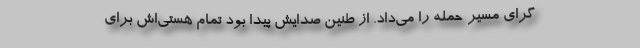
گرای مسیر حمله را می‌داد. از طنین صدایش پیدا بود تمام هستی‌اش برای